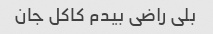
بلی راضی بیدم کاکل جان